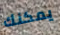
يمكنك